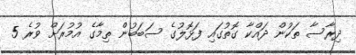
ދިރާސާ ތަކުން ދައްކާ ގޮތުގައި ފަޅޮލުގެ ސަބަބުން ތިމާގެ އުމުރަށް ވުރެ 5